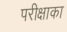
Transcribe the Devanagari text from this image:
परीक्षाका